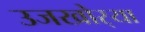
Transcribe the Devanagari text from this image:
उजखोर्‍या